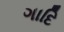
ગાદિ